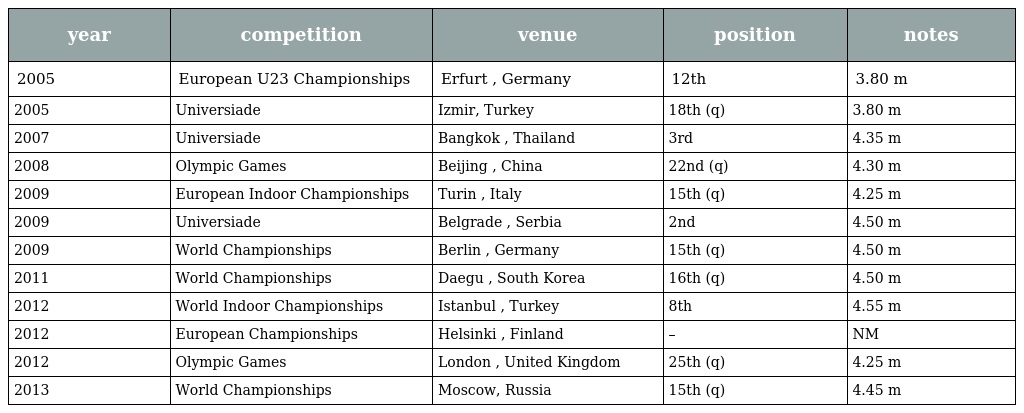
| year | competition | venue | position | notes |
 | --- | --- | --- | --- | --- |
 | 2005 | European U23 Championships | Erfurt , Germany | 12th | 3.80 m |
 | 2005 | Universiade | Izmir, Turkey | 18th (q) | 3.80 m |
 | 2007 | Universiade | Bangkok , Thailand | 3rd | 4.35 m |
 | 2008 | Olympic Games | Beijing , China | 22nd (q) | 4.30 m |
 | 2009 | European Indoor Championships | Turin , Italy | 15th (q) | 4.25 m |
 | 2009 | Universiade | Belgrade , Serbia | 2nd | 4.50 m |
 | 2009 | World Championships | Berlin , Germany | 15th (q) | 4.50 m |
 | 2011 | World Championships | Daegu , South Korea | 16th (q) | 4.50 m |
 | 2012 | World Indoor Championships | Istanbul , Turkey | 8th | 4.55 m |
 | 2012 | European Championships | Helsinki , Finland | – | NM |
 | 2012 | Olympic Games | London , United Kingdom | 25th (q) | 4.25 m |
 | 2013 | World Championships | Moscow, Russia | 15th (q) | 4.45 m |